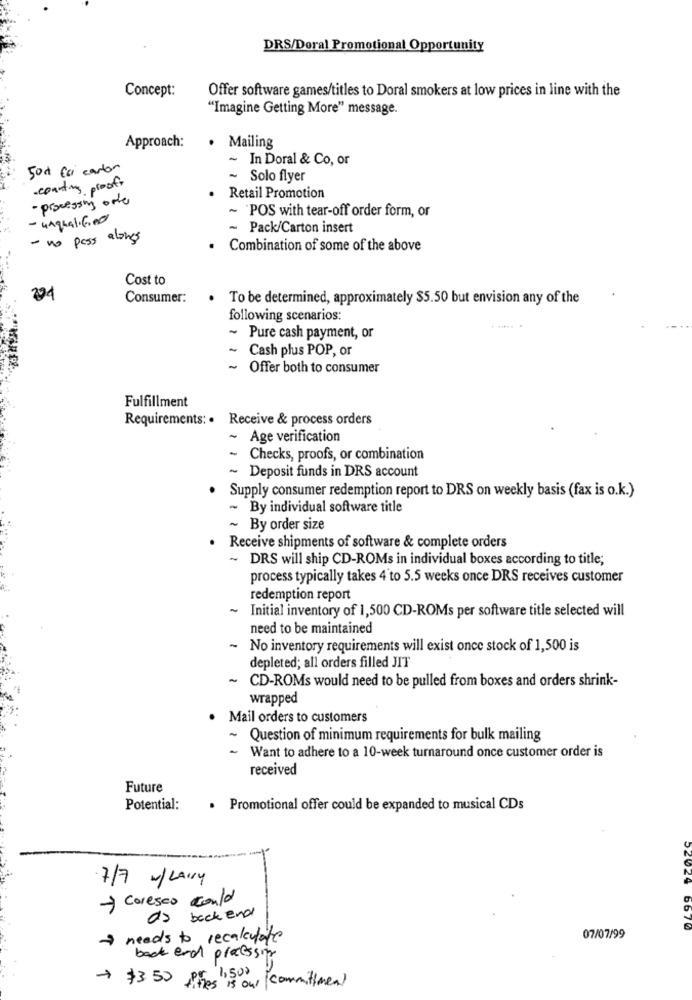
DRS/Doral Promotional Opportunity
Concept:
Offer software games/titles to Doral smokers at low prices in line with the
"Imagine Getting More" message.
Approach:
· Mailing
-
In Doral & Co, or
500 fai carton
-counting proofs
~ Solo flyer
- processing orte
Retail Promotion
- unqualified
~ `POS with tear-off order form, or
~ Pack/Carton insert
- no pass alongs
. Combination of some of the above
Cost to
224
Consumer:
. To be determined, approximately $5.50 but envision any of the
following scenarios:
~ Pure cash payment, or
~ Cash plus POP, or
~ Offer both to consumer
Fulfillment
Requirements: · Receive & process orders
-
Age verification
~ Checks, proofs, or combination
~ Deposit funds in DRS account
.
Supply consumer redemption report to DRS on weekly basis (fax is o.k.)
~ By individual software title
~ By order size
Receive shipments of software & complete orders
~ DRS will ship CD-ROMs in individual boxes according to title;
process typically takes 4'to 5.5 weeks once DRS receives customer
redemption report
-
Initial inventory of 1,500 CD-ROMs per software title selected will
need to be maintained
-
No inventory requirements will exist once stock of 1,500 is
depleted; all orders filled JIT
~ CD-ROMs would need to be pulled from boxes and orders shrink-
wrapped
. Mail orders to customers
~ Question of minimum requirements for bulk mailing
~ Want to adhere to a 10-week turnaround once customer order is
received
Future
Potential:
. Promotional offer could be expanded to musical CDs
7/7 W/LAVY
52029
-> coreses could
da backend
6670
> needs to recalculate
07/07/99
back end processing
+ $3.50 PEROs 1, 500 1
les is our commitment